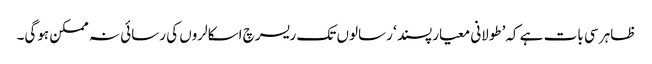
ظاہر سی بات ہے کہ’طولانی معیارپسند ‘ رسالوں تک ریسرچ اسکالروں کی رسائی نہ ممکن ہوگی۔